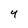
Character: 4